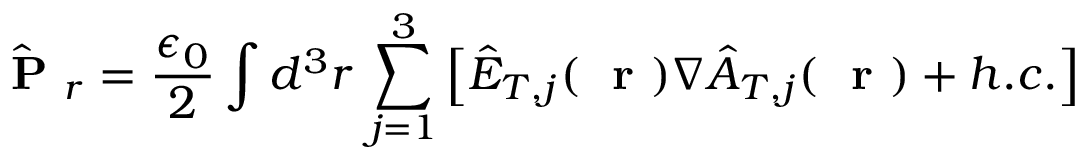
\hat { \mathrm { ~ \bf ~ P ~ } } _ { r } = \frac { \epsilon _ { 0 } } { 2 } \int d ^ { 3 } r \, \sum _ { j = 1 } ^ { 3 } \left[ \hat { E } _ { T , j } ( \mathrm { ~ \bf ~ r ~ } ) \nabla \hat { A } _ { T , j } ( \mathrm { ~ \bf ~ r ~ } ) + h . c . \right]